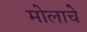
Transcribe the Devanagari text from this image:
मोलाचेे